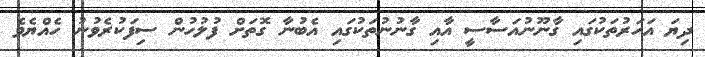
ދިޔަ އަހަރުތަކުގައި ގާނޫނުއަސާސީ އާއި ގާނުނުތަކުގައި އެބުނާ ގޮތަށް ފުލުހުން ސިފަކުރެވުނު ހެއްޔެވެ